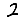
Digit: 2